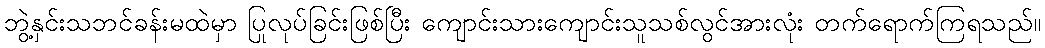
ဘွဲ့နှင်းသဘင်ခန်းမထဲမှာ ပြုလုပ်ခြင်းဖြစ်ပြီး ကျောင်းသားကျောင်းသူသစ်လွင်အားလုံး တက်ရောက်ကြရသည်။